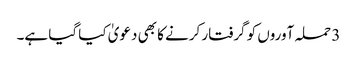
3 حملہ آوروں کو گرفتار کرنے کا بھی دعویٰ کیا گیا ہے۔